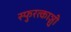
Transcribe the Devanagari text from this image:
स्फुरत्काञ्ची